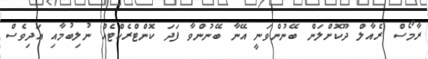
ރާމޯސް ރެއާލް ދޫކޮށްލަން ބޭނުންވަނީ އޭނާ ބޭނުންވާ ފަދަ ކޮންޓްރެކްޓެއް ނުލިބުމާއި އަދިވެސް